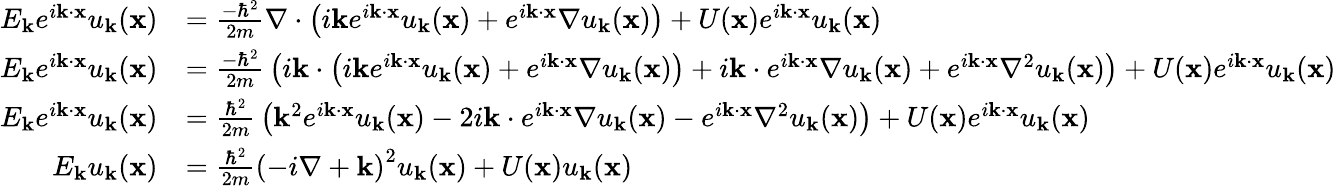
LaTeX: {\begin{array}{rl}{E_{\mathbf{k}}e^{i\mathbf{k}\cdot\mathbf{x}}u_{\mathbf{k}}(\mathbf{x})}&{={\frac{-\hbar^{2}}{2m}}\nabla\cdot\left(i\mathbf{k}e^{i\mathbf{k}\cdot\mathbf{x}}u_{\mathbf{k}}(\mathbf{x})+e^{i\mathbf{k}\cdot\mathbf{x}}\nabla u_{\mathbf{k}}(\mathbf{x})\right)+U(\mathbf{x})e^{i\mathbf{k}\cdot\mathbf{x}}u_{\mathbf{k}}(\mathbf{x})}\\ {E_{\mathbf{k}}e^{i\mathbf{k}\cdot\mathbf{x}}u_{\mathbf{k}}(\mathbf{x})}&{={\frac{-\hbar^{2}}{2m}}\left(i\mathbf{k}\cdot\left(i\mathbf{k}e^{i\mathbf{k}\cdot\mathbf{x}}u_{\mathbf{k}}(\mathbf{x})+e^{i\mathbf{k}\cdot\mathbf{x}}\nabla u_{\mathbf{k}}(\mathbf{x})\right)+i\mathbf{k}\cdot e^{i\mathbf{k}\cdot\mathbf{x}}\nabla u_{\mathbf{k}}(\mathbf{x})+e^{i\mathbf{k}\cdot\mathbf{x}}\nabla^{2}u_{\mathbf{k}}(\mathbf{x})\right)+U(\mathbf{x})e^{i\mathbf{k}\cdot\mathbf{x}}u_{\mathbf{k}}(\mathbf{x})}\\ {E_{\mathbf{k}}e^{i\mathbf{k}\cdot\mathbf{x}}u_{\mathbf{k}}(\mathbf{x})}&{={\frac{\hbar^{2}}{2m}}\left(\mathbf{k}^{2}e^{i\mathbf{k}\cdot\mathbf{x}}u_{\mathbf{k}}(\mathbf{x})-2i\mathbf{k}\cdot e^{i\mathbf{k}\cdot\mathbf{x}}\nabla u_{\mathbf{k}}(\mathbf{x})-e^{i\mathbf{k}\cdot\mathbf{x}}\nabla^{2}u_{\mathbf{k}}(\mathbf{x})\right)+U(\mathbf{x})e^{i\mathbf{k}\cdot\mathbf{x}}u_{\mathbf{k}}(\mathbf{x})}\\ {E_{\mathbf{k}}u_{\mathbf{k}}(\mathbf{x})}&{={\frac{\hbar^{2}}{2m}}\left(-i\nabla+\mathbf{k}\right)^{2}u_{\mathbf{k}}(\mathbf{x})+U(\mathbf{x})u_{\mathbf{k}}(\mathbf{x})}\end{array}}